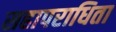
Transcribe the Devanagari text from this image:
सहापराधिता